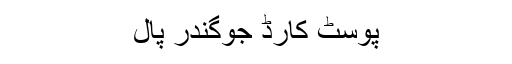
پوسٹ کارڈ جوگندر پال